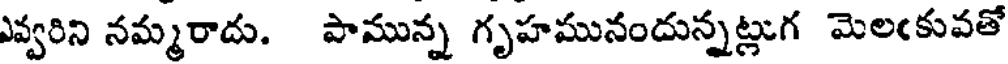
ఎవ్వరిని నమ్మరాదు. పామున్న గృహమునందున్నట్లుగ మెలఁకువతో